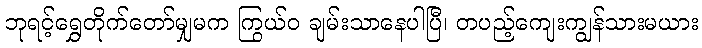
ဘုရင့်ရွှေတိုက်တော်မျှမက ကြွယ်ဝ ချမ်းသာနေပါပြီ၊ တပည့်ကျေးကျွန်သားမယား